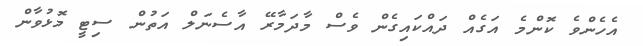
އެހެންވެ ކޮންމެ އަގެއް ދައްކައިގެން ވެސް މާދަމާރޭ އާސެނަލް އަތުން ސިޓީ މޮޅުވާން